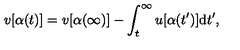
v [ \alpha ( t ) ] = v [ \alpha ( \infty ) ] - \int _ { t } ^ { \infty } u [ \alpha ( t ^ { \prime } ) ] \mathrm { d } t ^ { \prime } ,